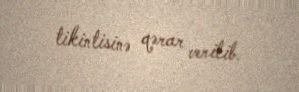
tikintisinə qərar verilib.